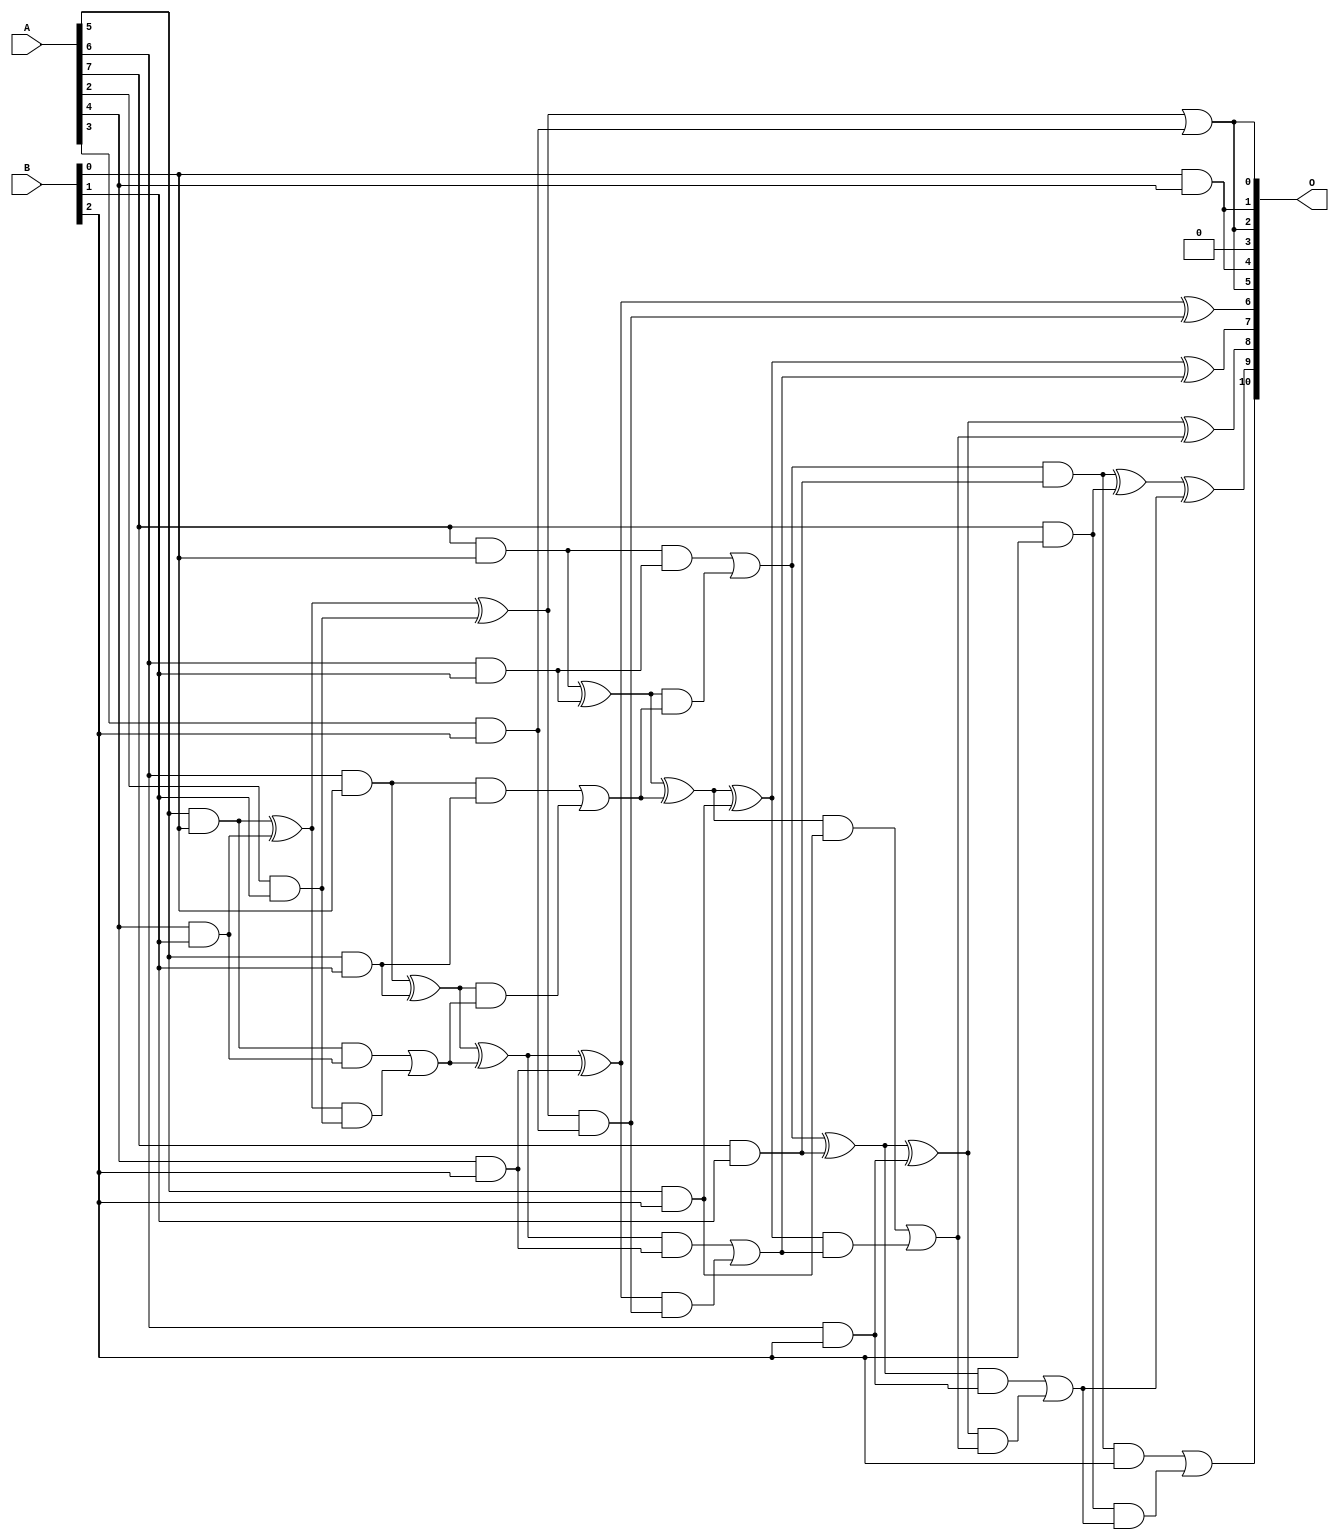
// This program was cloned from: https://github.com/ehw-fit/evoapproxlib
// License: MIT License

/***
* This code is a part of EvoApproxLib library (ehw.fit.vutbr.cz/approxlib) distributed under The MIT License.
* When used, please cite the following article(s): V. Mrazek, L. Sekanina, Z. Vasicek "Libraries of Approximate Circuits: Automated Design and Application in CNN Accelerators" IEEE Journal on Emerging and Selected Topics in Circuits and Systems, Vol 10, No 4, 2020 
* This file contains a circuit from a sub-set of pareto optimal circuits with respect to the pwr and mre parameters
***/
// MAE% = 0.51 %
// MAE = 10 
// WCE% = 1.95 %
// WCE = 40 
// WCRE% = 362.50 %
// EP% = 83.98 %
// MRE% = 8.21 %
// MSE = 200 
// PDK45_PWR = 0.044 mW
// PDK45_AREA = 113.6 um2
// PDK45_DELAY = 0.64 ns

module mul8x3u_1C9 (
    A,
    B,
    O
);

input [7:0] A;
input [2:0] B;
output [10:0] O;

wire sig_16,sig_17,sig_18,sig_21,sig_23,sig_24,sig_25,sig_26,sig_42,sig_44,sig_45,sig_46,sig_47,sig_48,sig_49,sig_50,sig_51,sig_52,sig_53,sig_54;
wire sig_55,sig_56,sig_57,sig_58,sig_59,sig_60,sig_64,sig_65,sig_66,sig_67,sig_68,sig_81,sig_82,sig_86,sig_87,sig_88,sig_89,sig_90,sig_91,sig_92;
wire sig_93,sig_94,sig_95,sig_96,sig_97,sig_98,sig_99,sig_100,sig_101,sig_102,sig_103,sig_104,sig_105;

assign sig_16 = A[5] & B[0];
assign sig_17 = A[6] & B[0];
assign sig_18 = A[7] & B[0];
assign sig_21 = A[2] & B[1];
assign sig_23 = A[4] & B[1];
assign sig_24 = A[5] & B[1];
assign sig_25 = A[6] & B[1];
assign sig_26 = A[7] & B[1];
assign sig_42 = B[0] & A[4];
assign sig_44 = sig_16 ^ sig_23;
assign sig_45 = sig_16 & sig_23;
assign sig_46 = sig_44 & sig_21;
assign sig_47 = sig_44 ^ sig_21;
assign sig_48 = sig_45 | sig_46;
assign sig_49 = sig_17 ^ sig_24;
assign sig_50 = sig_17 & sig_24;
assign sig_51 = sig_49 & sig_48;
assign sig_52 = sig_49 ^ sig_48;
assign sig_53 = sig_50 | sig_51;
assign sig_54 = sig_18 ^ sig_25;
assign sig_55 = sig_18 & sig_25;
assign sig_56 = sig_54 & sig_53;
assign sig_57 = sig_54 ^ sig_53;
assign sig_58 = sig_55 | sig_56;
assign sig_59 = sig_58 & sig_26;
assign sig_60 = sig_58 ^ sig_26;
assign sig_64 = A[3] & B[2];
assign sig_65 = A[4] & B[2];
assign sig_66 = A[5] & B[2];
assign sig_67 = A[6] & B[2];
assign sig_68 = A[7] & B[2];
assign sig_81 = sig_47 | sig_64;
assign sig_82 = sig_47 & sig_64;
assign sig_86 = sig_52 ^ sig_65;
assign sig_87 = sig_52 & sig_65;
assign sig_88 = sig_86 & sig_82;
assign sig_89 = sig_86 ^ sig_82;
assign sig_90 = sig_87 | sig_88;
assign sig_91 = sig_57 ^ sig_66;
assign sig_92 = sig_57 & sig_66;
assign sig_93 = sig_91 & sig_90;
assign sig_94 = sig_91 ^ sig_90;
assign sig_95 = sig_92 | sig_93;
assign sig_96 = sig_60 ^ sig_67;
assign sig_97 = sig_60 & sig_67;
assign sig_98 = sig_96 & sig_95;
assign sig_99 = sig_96 ^ sig_95;
assign sig_100 = sig_97 | sig_98;
assign sig_101 = sig_59 ^ sig_68;
assign sig_102 = sig_59 & B[2];
assign sig_103 = sig_68 & sig_100;
assign sig_104 = sig_101 ^ sig_100;
assign sig_105 = sig_102 | sig_103;

assign O[10] = sig_105;
assign O[9] = sig_104;
assign O[8] = sig_99;
assign O[7] = sig_94;
assign O[6] = sig_89;
assign O[5] = sig_81;
assign O[4] = sig_42;
assign O[3] = 1'b0;
assign O[2] = sig_81;
assign O[1] = sig_42;
assign O[0] = sig_81;

endmodule